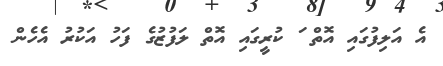
އެ އަލިފުގައި އޮތް ަ ކުރީގައި އޮތް ލަފުޒުގެ ފަހު އަކުރު އެހެން